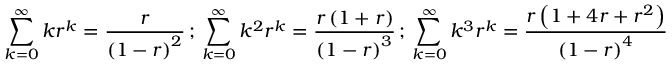
\sum _ { k = 0 } ^ { \infty } k r ^ { k } = { \frac { r } { \left( 1 - r \right) ^ { 2 } } } \, ; \, \sum _ { k = 0 } ^ { \infty } k ^ { 2 } r ^ { k } = { \frac { r \left( 1 + r \right) } { \left( 1 - r \right) ^ { 3 } } } \, ; \, \sum _ { k = 0 } ^ { \infty } k ^ { 3 } r ^ { k } = { \frac { r \left( 1 + 4 r + r ^ { 2 } \right) } { \left( 1 - r \right) ^ { 4 } } }